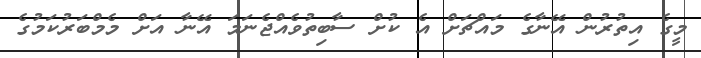
މީގެ އިތުރުން އޭނާގެ މައްޗަށް އެ ކުށް ސާބިތުވެއްޖެނަމަ އޭނާ އަށް މެމްބަރުކަމުގެ